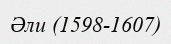
Әли (1598-1607)